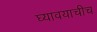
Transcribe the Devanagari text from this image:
घ्यावयाचीच